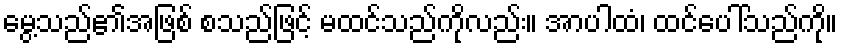
မွေ့သည်၏အဖြစ် စသည်ဖြင့် မထင်သည်ကိုလည်း။ အာပါထံ၊ ထင်ပေါ်သည်ကို။